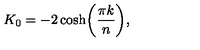
K _ { 0 } = - 2 \cosh \biggr ( { \frac { \pi k } { n } } \biggr ) ,